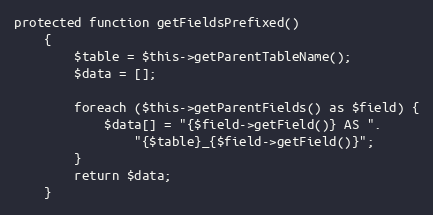
Language: PHP
protected function getFieldsPrefixed()
    {
        $table = $this->getParentTableName();
        $data = [];

        foreach ($this->getParentFields() as $field) {
            $data[] = "{$field->getField()} AS ".
                "{$table}_{$field->getField()}";
        }
        return $data;
    }